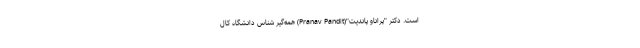
است. دکتر "پراناو پاندیت"(Pranav Pandit) همه‌گیر شناس دانشگاه کال